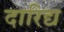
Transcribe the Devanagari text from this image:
दारिद्य